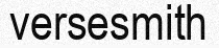
versesmith